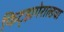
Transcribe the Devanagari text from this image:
फिट्झगेराल्डचा